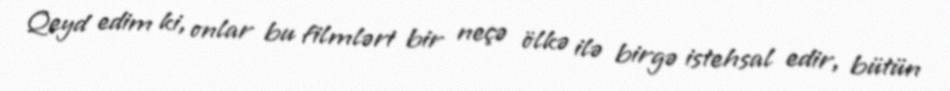
Qeyd edim ki, onlar bu filmləri bir neçə ölkə ilə birgə istehsal edir, bütün